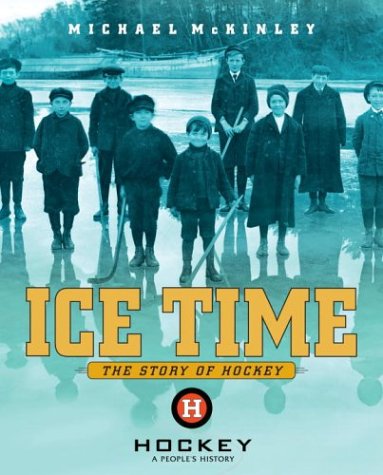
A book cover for Ice Time: The Story of Hockey; Michael McKinley; Children's Books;